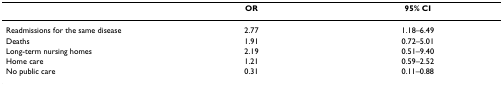
<table><thead><tr><td>[EMPTY_CELL]</td><td><b>OR</b></td><td><b>95% CI</b></td></tr></thead><tbody><tr><td>Readmissions for the same disease</td><td>2.77</td><td>1.18–6.49</td></tr><tr><td>Deaths</td><td>1.91</td><td>0.72–5.01</td></tr><tr><td>Long-term nursing homes</td><td>2.19</td><td>0.51–9.40</td></tr><tr><td>Home care</td><td>1.21</td><td>0.59–2.52</td></tr><tr><td>No public care</td><td>0.31</td><td>0.11–0.88</td></tr></tbody></table>